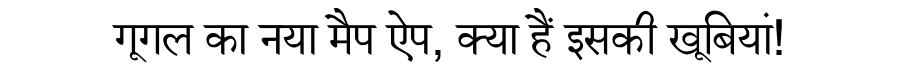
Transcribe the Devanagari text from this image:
गूगल का नया मैप ऐप, क्या हैं इसकी खूबियां!